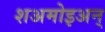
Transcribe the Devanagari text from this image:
शअमोइअन्